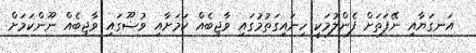
އަނގަޔާއި ނޭފަތަށް ފެންލުމަކީ ހިނައިގަތުމުގައި ވާޖިބެއް ކަމަށާއި ވުޟޫގައި ވާޖިބެއް ނޫންކަމަށް